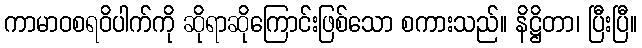
ကာမာဝစရဝိပါက်ကို ဆိုရာဆိုကြောင်းဖြစ်သော စကားသည်။ နိဋ္ဌိတာ၊ ပြီးပြီ။